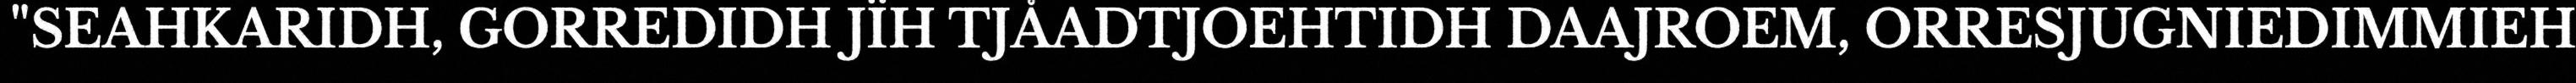
"SEAHKARIDH, GORREDIDH JÏH TJÅADTJOEHTIDH DAAJROEM, ORRESJUGNIEDIMMIEH